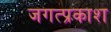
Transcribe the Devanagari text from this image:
जगत्प्रकाश